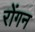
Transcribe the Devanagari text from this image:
रोंगन